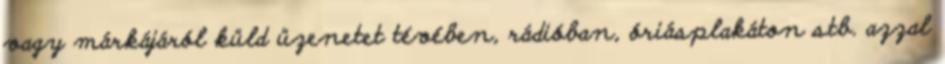
vagy márkájáról küld üzenetet tévében, rádióban, óriásplakáton stb. azzal